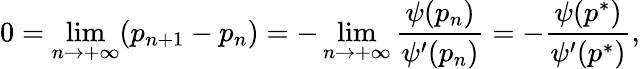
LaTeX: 0=\displaystyle\operatorname*{lim}_{n\to+\infty}(p_{n+1}-p_{n})=-\displaystyle\operatorname*{lim}_{n\to+\infty}\frac{\psi(p_{n})}{\psi^{\prime}(p_{n})}=-\frac{\psi(p^{*})}{\psi^{\prime}(p^{*})},